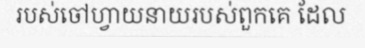
របស់ចៅហ្វាយនាយរបស់ពួកគេ ដែល